Leningradi_Edasi_toimetus, lk 20
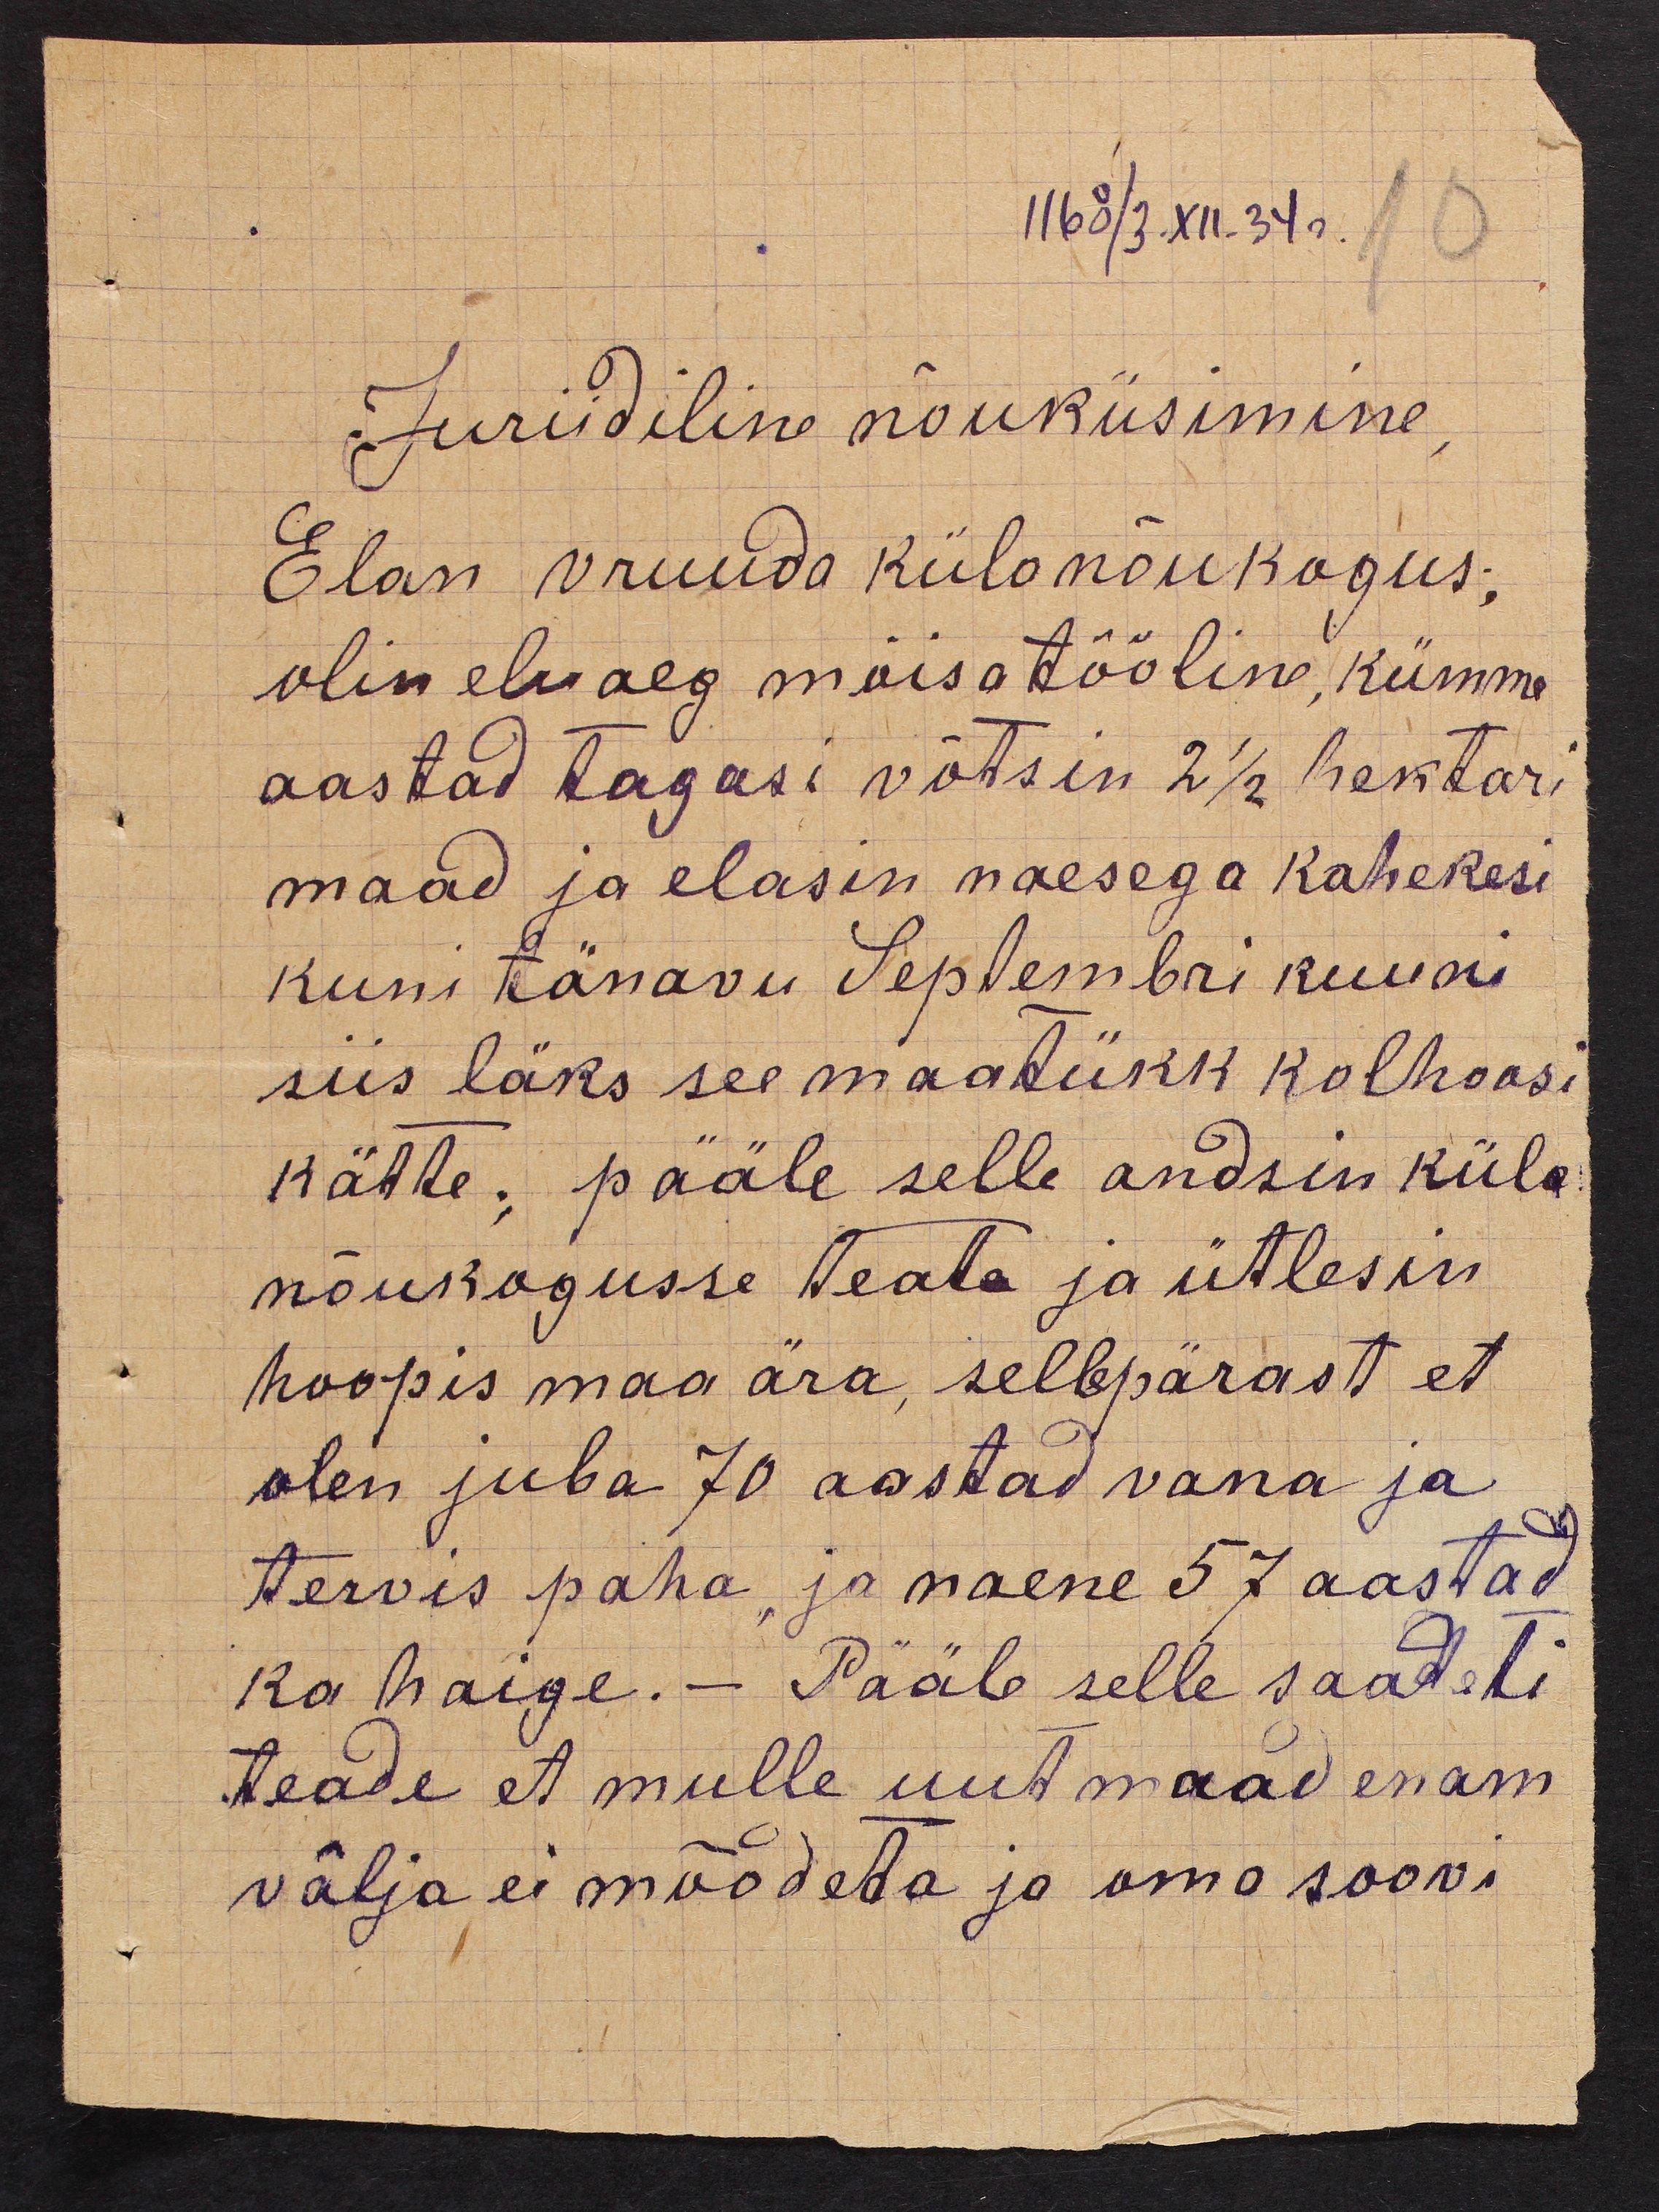
1168/3.XII.34 a. 10
Juriidiline nõuküsimine,
Elan vruuda külonõukogus;
olin eluaeg mõisatööline, kümme
aastad tagasi võtsin 2 1/2 hektari
maad ja elasin naesega kahekesi
kuni tänavu Septembri kuuni
siis läks see maatükk kolhoosi
kätte; pääle selle andsin küla
nõukogusse teada ja ütlesin
hoopis maa ära, sellepärast et
olen juba 70 aastad vana ja
tervis paha, ja naene 57 aastad
ka haige. - Pääle selle saadeti
teade et mulle uut maad enam
välja ei mõodeta ja oma soovi